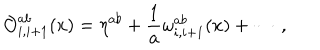
{ \cal O } _ { i , i + 1 } ^ { a b } ( x ) = \eta ^ { a b } + \frac { 1 } { a } \omega _ { i , i + 1 } ^ { a b } ( x ) + \cdots \, ,